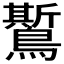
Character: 𪆗